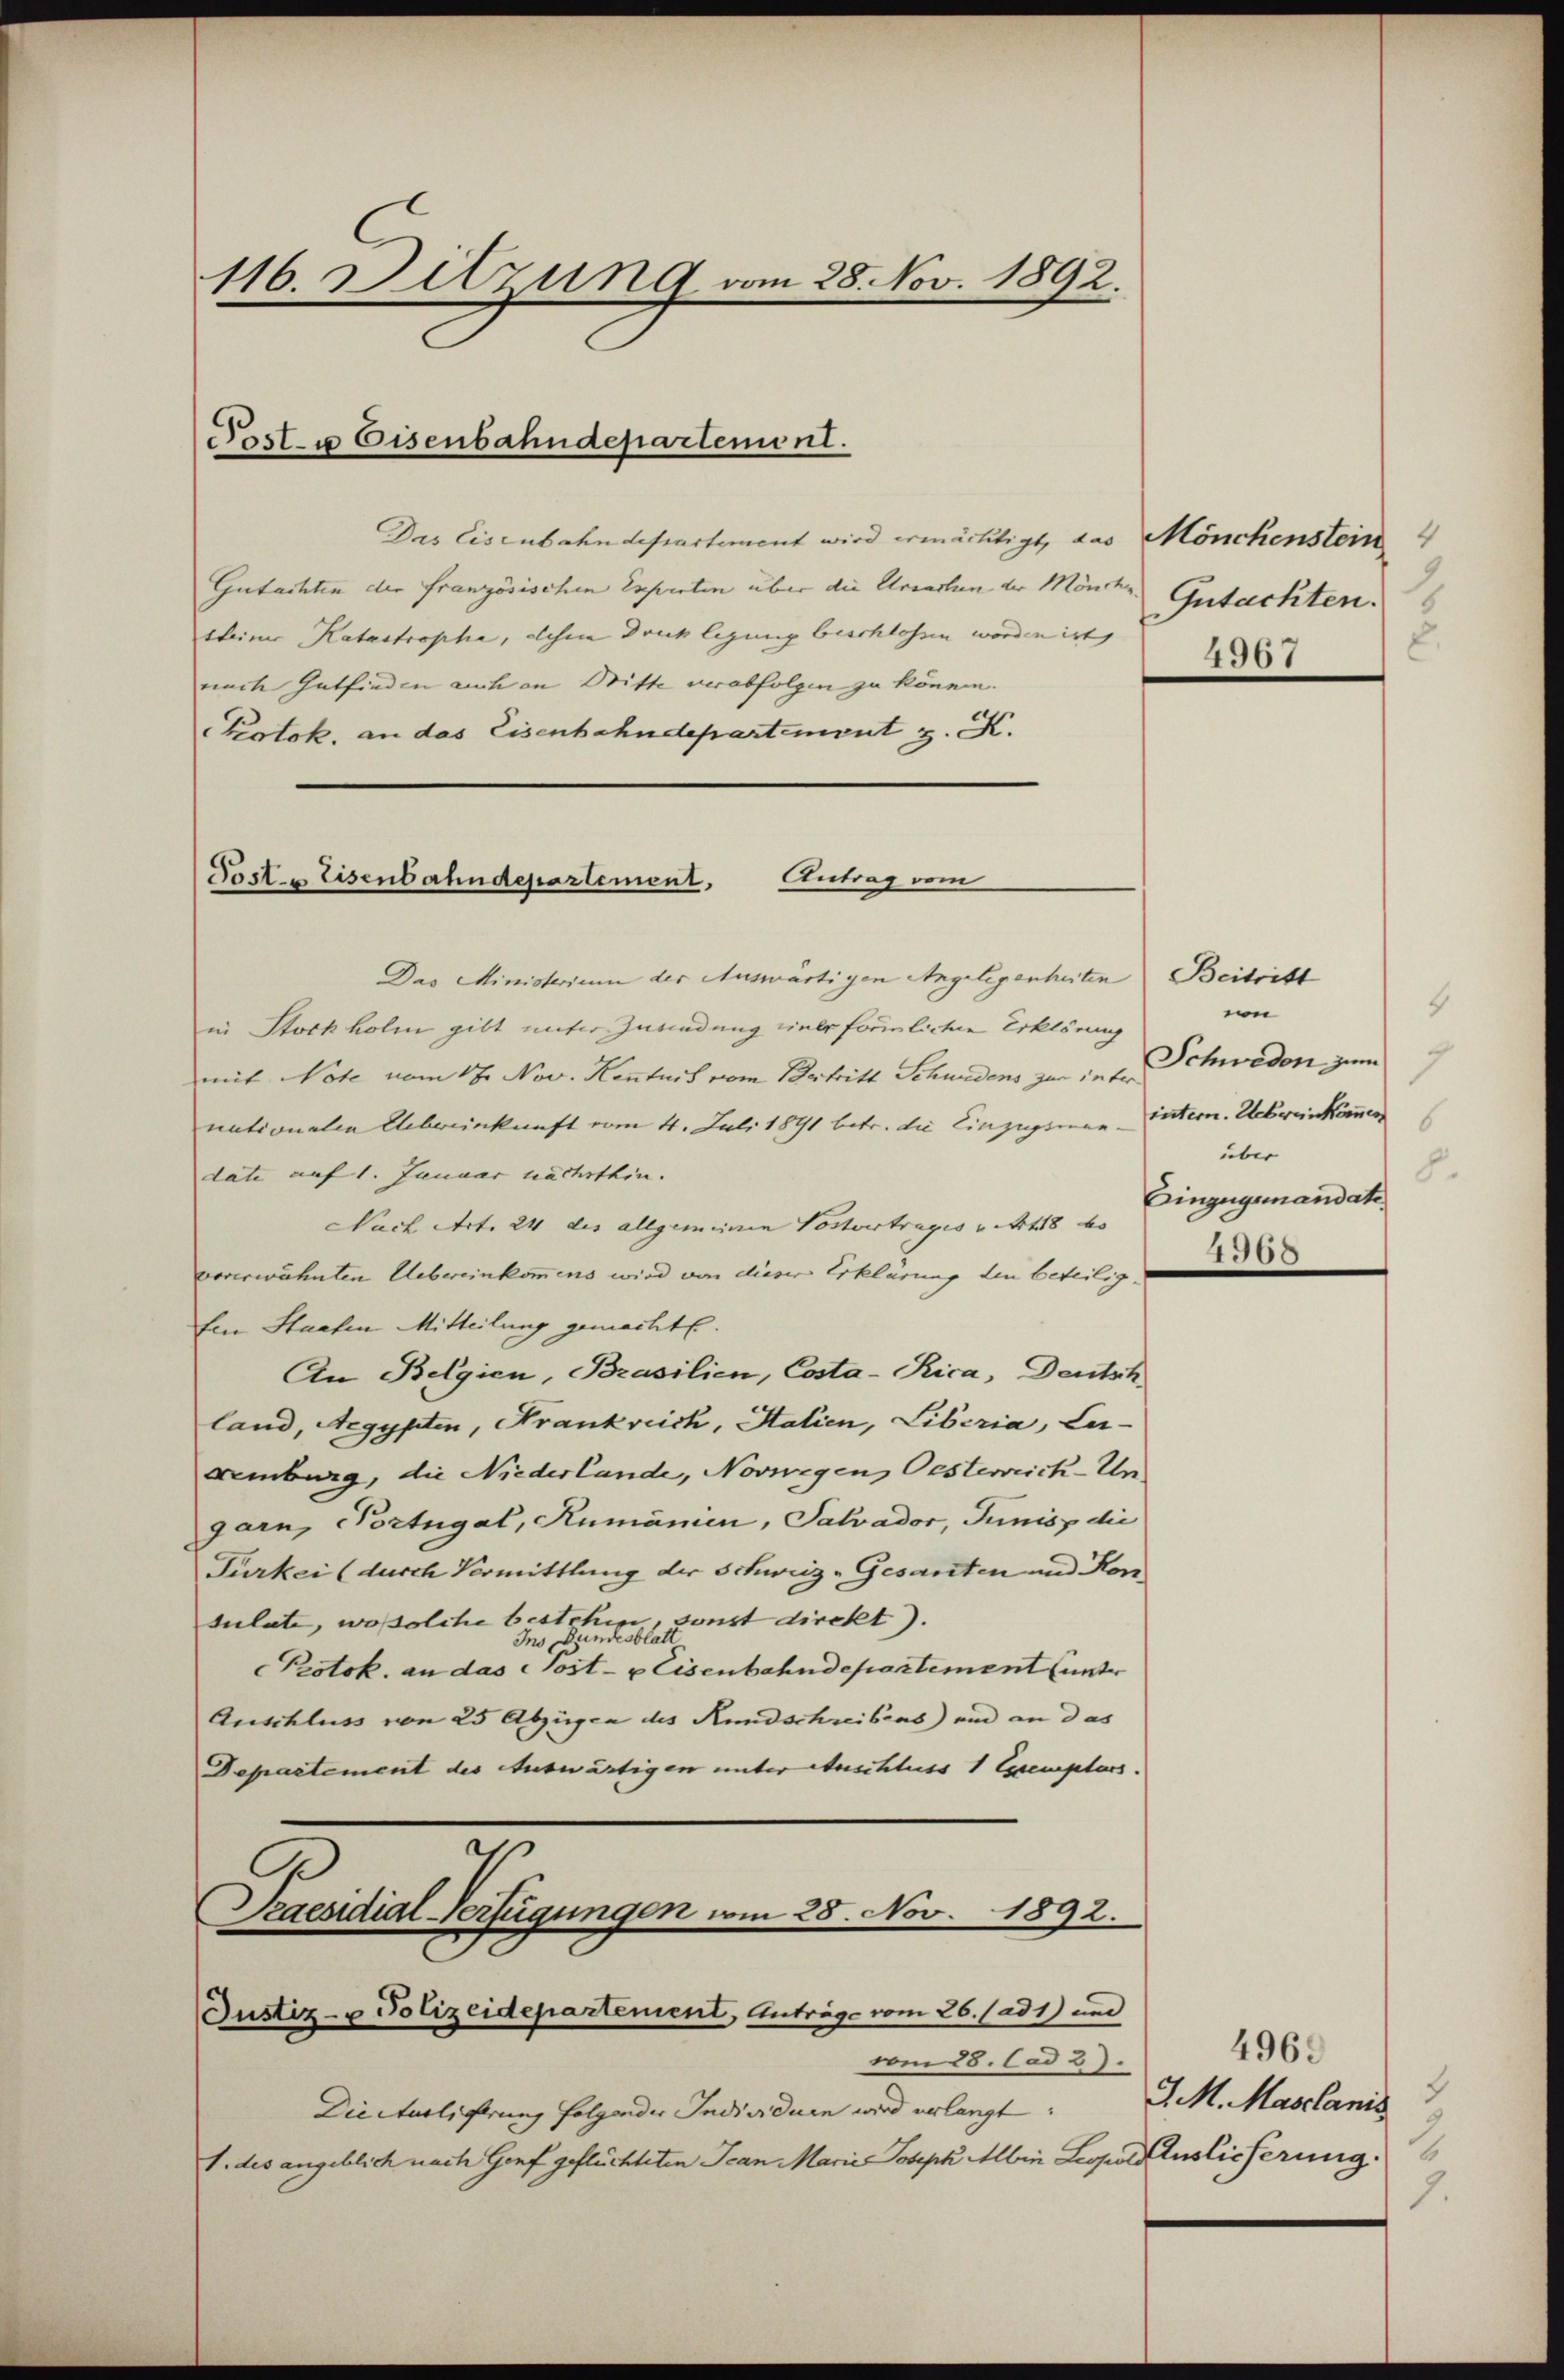
116. Sitzung vom 28. Nov. 1892.

Post u. Eisenbahndepartement.

Das Eisenbahndepartement wird ermächtigt, das Mönchenstein
Gutachten der französischen Experten über die Ursachen der Mönche
sleiner Katastrophe, desse Druck legung beschlossen worden ist,
nach Gutfinden auch an Dritte verabfolgen zu können.
Protok, an das Eisenbahndepartement z. K.

Posten Eisenbahndepartement, Antrag vom

Das Ministrium der Auswärtigen Angelegenheiten Beitritt
in Stockholm gibt unter Zuwendung einer förmliche Erklärung
mit Note vom 17. Nov. Kenntnis vom Bertritt Schuldens zur internationalen Uebereinkunft vom 11. Juli 1891 betr. die Einzugsmandate auf 1. Januar nächsthin. |
Nach Art. 24 des allgemeinen Postvertrages u. 448 be
vorerwähnten Uebereinkommens wird von dieser Erklärung den beteilig¬
Ein Staaten Mitteilung gemachte.
An Belgien, Brasilien, Costa-Rica, Deutsch
land, Aegypten, Frankreich, Halien, Liberia, Leigemburg, die Niederlande, Norwegen Oesterrich-Ungarn, Portugal, Rumänien, Salvador, Junis die
Türkei (durch Vormittlung der Schweiz-Gesanten und Kon
sulate, wo solche bestehen, sonst direkt.
Protok. an das Cost- u Eisenbahndepartement (unter
Auschluss von 25 Abzügen des Rundschreibens) und an das
Departement des Auswärtigen unter Auschluss 1 Exemplars.
Praesidial-Verfügungen vom 28. Nov. 1892.
Justiz- u Polizeidepartement, Anträge vom 26./ad1) und
vom 28. Cad 2.
Die Auslicherung folgender Individuen wird verlangt:
1. des angeblich nach Genf geflüchteten Jean Marie Joseph Albin Leopol Auslieferung.

Gutachten.
4367

6
in
Schweden zum
intern. Uebereikommen
6
über
8.
Eingegemandate.
4368

4969
d. M. Maschanis
8.